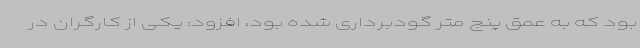
بود که به عمق پنج متر گودبرداری شده بود، افزود: یکی از کارگران در